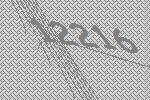
12216